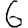
Digit: 6